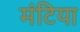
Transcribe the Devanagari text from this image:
मंटिया